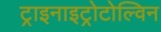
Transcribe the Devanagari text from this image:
ट्राइनाइट्रोटोल्विन